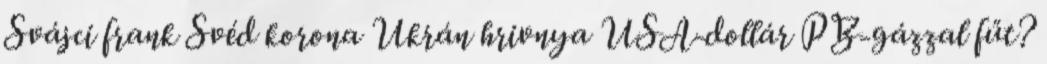
Svájci frank Svéd korona Ukrán hrivnya USA-dollár PB-gázzal fűt?